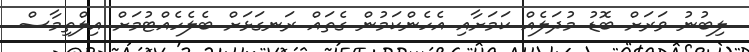
ލިބުނު ވަރަށް ބޮޑު މުދަލެއް ކަމަށާއި އެހެންކަމުން ގެތައް ރަނގަޅަށް ބެލެހެއްޓުމަށް އިލްތިމާސް